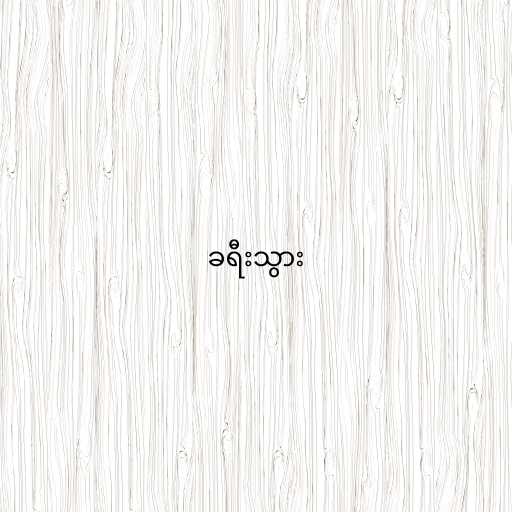
ခရီးသွား